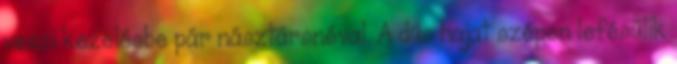
veszi kezelésbe pár násztársnéval. A dús hajat szépen lefésülik